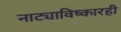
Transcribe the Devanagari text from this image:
नाट्याविष्कारही